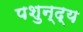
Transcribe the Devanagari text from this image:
पशुन्द्य